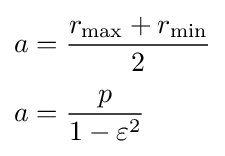
{\begin{aligned}a&={\frac {r_{\max }+r_{\min }}{2}}\\[3pt]a&={\frac {p}{1-\varepsilon ^{2}}}\end{aligned}}